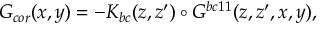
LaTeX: G _ { c o r } ( x , y ) = - K _ { b c } ( z , z ^ { \prime } ) \circ { \cal { G } } ^ { b c 1 1 } ( z , z ^ { \prime } , x , y ) ,